[Report on the health of British troops in the Madras command]
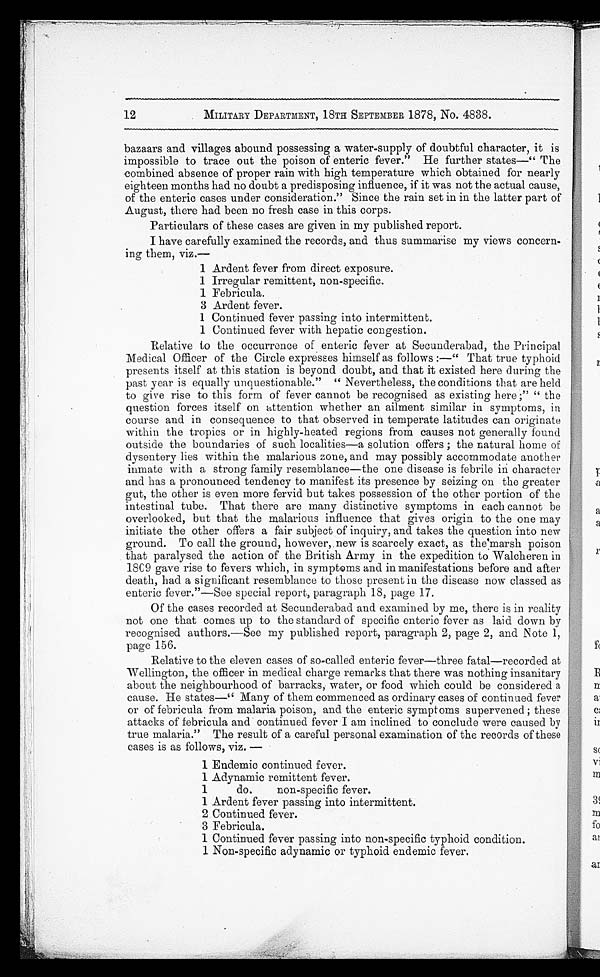
MILITARY DEPARTMENT, 18TH SEPTEMBER 1878, No. 4838.
bazaars and villages abound possessing a water-supply of doubtful character, it is
impossible to trace out the poison of enteric fever." He further states—"The
combined absence of proper rain with high temperature which obtained for nearly
eighteen months had no doubt a predisposing influence, if it was not the actual cause,
of the enteric cases under consideration." Since the rain set in in the latter part of
August, there had been no fresh case in this corps.
Particulars of these cases are given in my published report.
I have carefully examined the records, and thus summarise my views concern
-ing them, viz.—
1 Ardent fever from direct exposure.
1 Irregular remittent, non-specific.
1 Febricula.
3 Ardent fever.
1 Continued fever passing into intermittent.
1 Continued fever with hepatic congestion.
Relative to the occurrence of enteric fever at Secunderabad, the Principal
Medical Officer of the Circle expresses himself as follows :—"That true typhoid
presents itself at this station is beyond doubt, and that it existed here during the
past year is equally unquestionable." "Nevertheless, the conditions that are held
to give rise to this form of fever cannot be recognised as existing here ;" "the
question forces itself on attention whether an ailment similar in symptoms, in
course and in consequence to that observed in temperate latitudes can originate
within the tropics or in highly-heated regions from causes not generally found
outside the boundaries of such localities—a solution offers ; the natural home of
dysentery lies within the malarious zone, and may possibly accommodate another
inmate with a strong family resemblance—the one disease is febrile in character
and has a pronounced tendency to manifest its presence by seizing on the greater
gut, the other is even more fervid but takes possession of the other portion of the
intestinal tube. That there are many distinctive symptoms in each cannot be
overlooked, but that the malarious influence that gives origin to the one may
initiate the other offers a fair subject of inquiry, and takes the question into new
ground. To call the ground, however, new is scarcely exact, as the marsh poison
that paralysed the action of the British Army in the expedition to Walcheren in
1809 gave rise to fevers which, in symptoms and in manifestations before and after
death, had a significant resemblance to those present in the disease now classed as
enteric fever."—See special report, paragraph 18, page 17.
Of the cases recorded at Secunderabad and examined by me, there is in reality
not one that comes up to the standard of specific enteric fever as laid down by
recognised authors.—See my published report, paragraph 2, page 2, and Note 1,
page 156.
Relative to the eleven cases of so-called enteric fever—three fatal—recorded at
Wellington, the officer in medical charge remarks that there was nothing insanitary
about the neighbourhood of barracks, water, or food which could be considered a
cause. He states—"Many of them commenced as ordinary cases of continued fever
or of febricula from malaria poison, and the enteric symptoms supervened ; these
attacks of febricula and continued fever I am inclined to conclude were caused by
true malaria." The result of a careful personal examination of the records of these
cases is as follows, viz. —
1 Endemic continued fever.
1 Adynamic remittent fever.
1
do.
non-specific fever.
1 Ardent fever passing into intermittent.
2 Continued fever.
3 Febricula.
1 Continued fever passing into non-specific typhoid condition.
1 Non-specific adynamic or typhoid endemic fever.
12